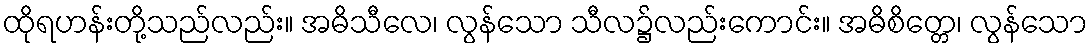
ထိုရဟန်းတို့သည်လည်း။ အဓိသီလေ၊ လွန်သော သီလ၌လည်းကောင်း။ အဓိစိတ္တေ၊ လွန်သော